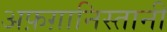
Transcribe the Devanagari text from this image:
अफ़ग़ानिस्तानी